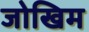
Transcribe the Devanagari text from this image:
जोखिम